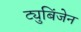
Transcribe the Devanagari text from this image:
ट्युबिंजेन